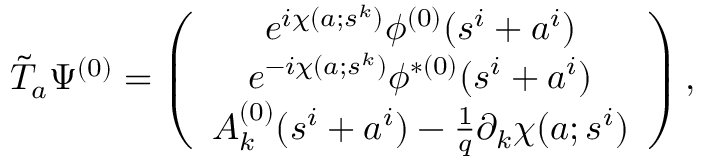
\tilde { T } _ { a } \Psi ^ { ( 0 ) } = \left( \begin{array} { c } { { e ^ { i \chi ( a ; s ^ { k } ) } \phi ^ { ( 0 ) } ( s ^ { i } + a ^ { i } ) } } \\ { { e ^ { - i \chi ( a ; s ^ { k } ) } \phi ^ { \ast ( 0 ) } ( s ^ { i } + a ^ { i } ) } } \\ { { A _ { k } ^ { ( 0 ) } ( s ^ { i } + a ^ { i } ) - \frac { 1 } { q } \partial _ { k } \chi ( a ; s ^ { i } ) } } \end{array} \right) ,